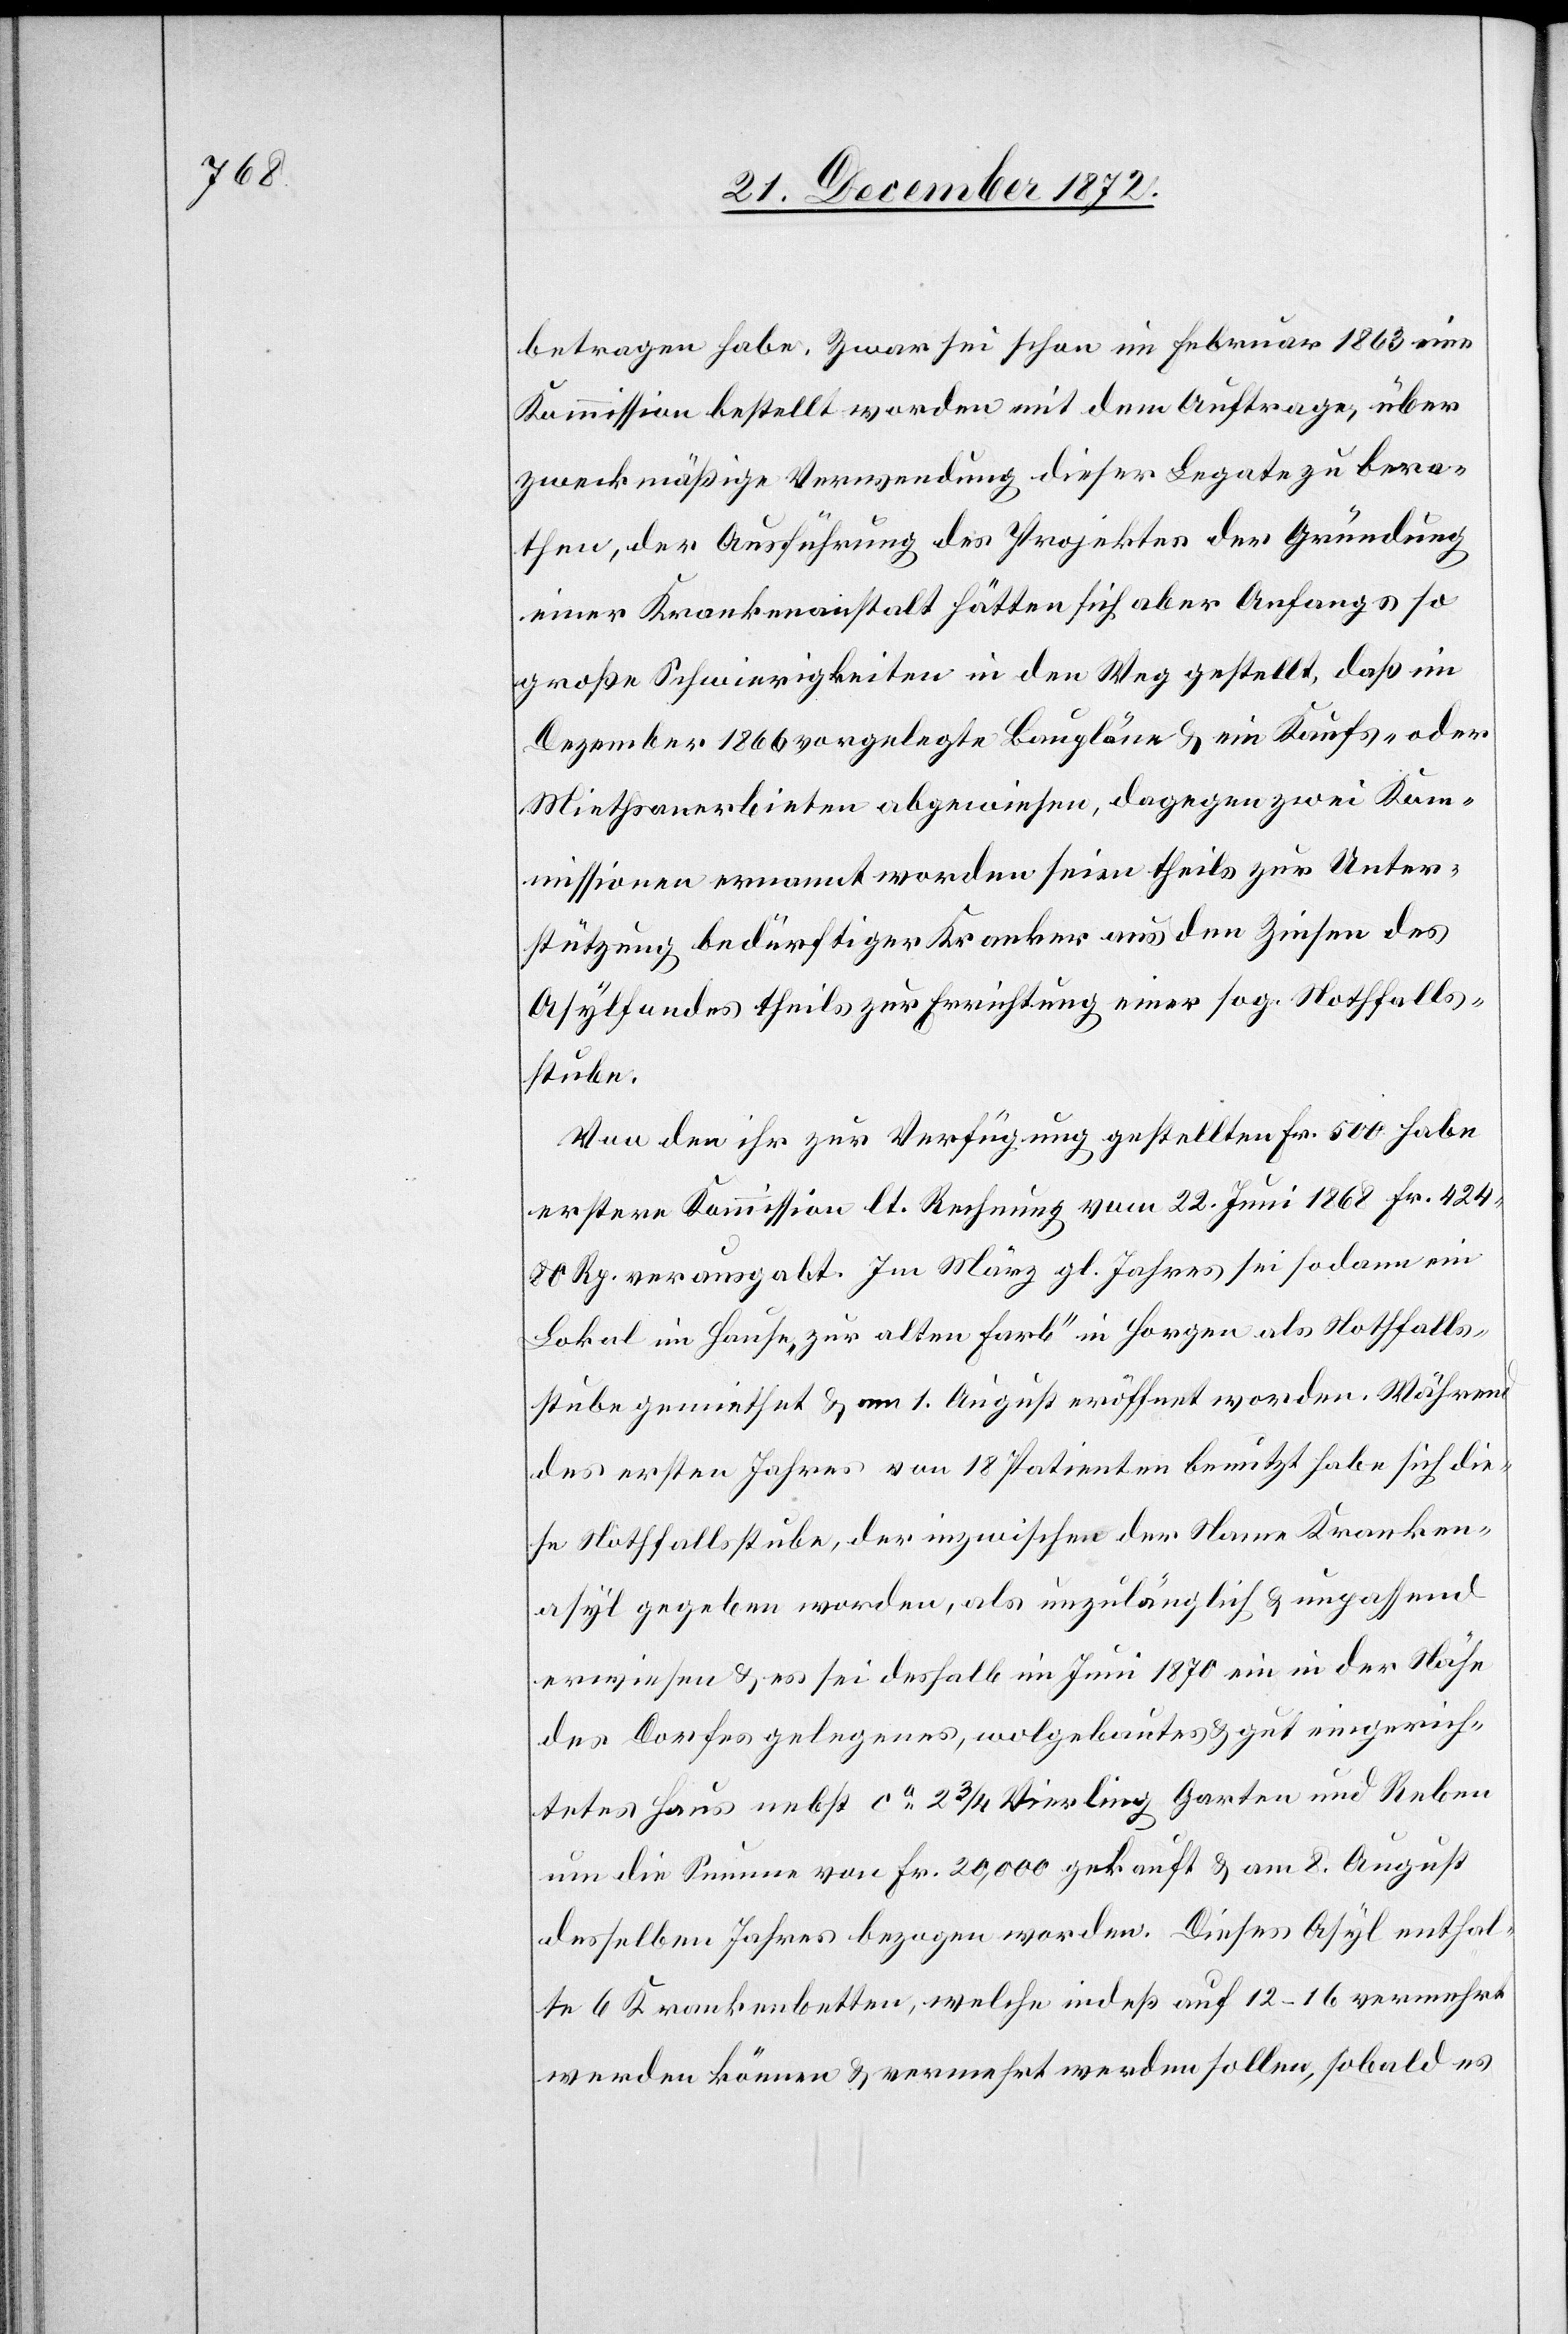
betragen habe. Zwar sei schon im Februar 1863 eine
Kommission bestellt worden mit dem Auftrage, über
zweckmäßige Verwendung dieser Legate zu bera¬
then, der Ausführung des Projektes der Gründung
einer Krankenanstalt hätten sich aber Anfangs so
große Schwierigkeiten in den Weg gestellt, daß im
Dezember 1866 vorgelegte Baupläne u. ein Kaufs- oder
Miethsanerbieten abgewiesen, dagegen zwei Kom¬
missionen ernannt worden seien theils zur Unter¬
stützung bedürftiger Kranker aus den Zinsen des
Asylfondes theils zur Errichtung einer sog. Nothfalls¬
stube.
Von den ihr zur Verfügung gestellten Fr. 500 habe
erstere Kommission lt. Rechnung vom 22. Juni 1868 Fr. 424
80 Rp. verausgabt. Im März gl. Jahres sei sodann ein
Lokal im Hause „zur alten Farb“ in Horgen als Nothfalls¬
stube gemiethet u. am 1. August eröffnet worden. Während
des ersten Jahres von 18 Patienten benutzt habe sich die¬
se Nothfallsstube, der inzwischen der Name Kranken¬
asyl gegeben worden, als unzulänglich u. unpassend
erwiesen u. es sei deshalb im Juni 1870 ein in der Nähe
des Dorfes gelegenes, wolgebautes u. gut eingerich¬
tetes Haus nebst ca 2 3/4 Vierling Garten und Reben
um die Summe von Fr. 20,000 gekauft u. am 8. August
desselben Jahres bezogen worden. Dieses Asyl enthal¬
te 6 Krankenbetten, welche indeß auf 12–16 vermehrt
werden können u. vermehrt werden sollen, sobald es